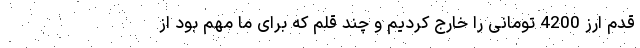
قدم ارز 4200 تومانی را خارج کردیم و چند قلم که برای ما مهم بود از